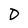
Character: D